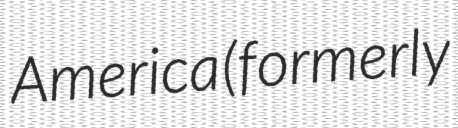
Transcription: America (formerly